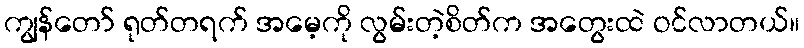
ကျွန်တော် ရုတ်တရက် အမေ့ကို လွမ်းတဲ့စိတ်က အတွေးထဲ ဝင်လာတယ်။